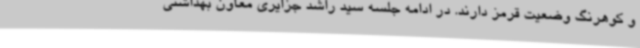
و کوهرنگ وضعیت قرمز دارند. در ادامه جلسه سید راشد جزایری معاون بهداشتی